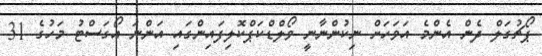
ޕޯޗުގަލް ދެން އެންމެ އަވަހަށް ނިކުންނާނީ ވޯލްޑްކަޕްކޮލިފައިންގައި އަންނަ އޯގަސްޓު މަހުގެ 31